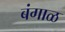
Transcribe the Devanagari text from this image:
बंगाळ